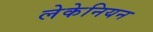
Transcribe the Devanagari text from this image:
लेकेनियन